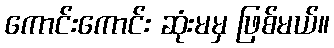
ကောင်းကောင်း ဆုံးမမှ ဖြစ်မယ်။